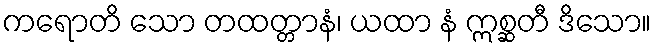
ကရောတိ သော တထတ္တာနံ၊ ယထာ နံ ဣစ္ဆတီ ဒိသော။